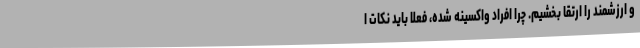
و ارزشمند را ارتقا بخشیم. چرا افراد واکسینه شده، فعلا باید نکات ا